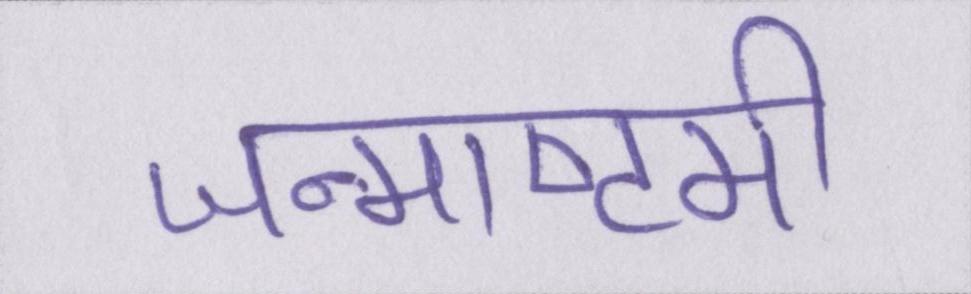
जन्माष्टमी